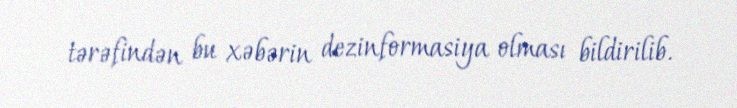
tərəfindən bu xəbərin dezinformasiya olması bildirilib.